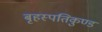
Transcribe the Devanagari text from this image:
बृहस्पतिकुण्ड